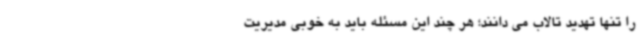
را تنها تهدید تالاب می دانند؛ هر چند این مسئله باید به خوبی مدیریت